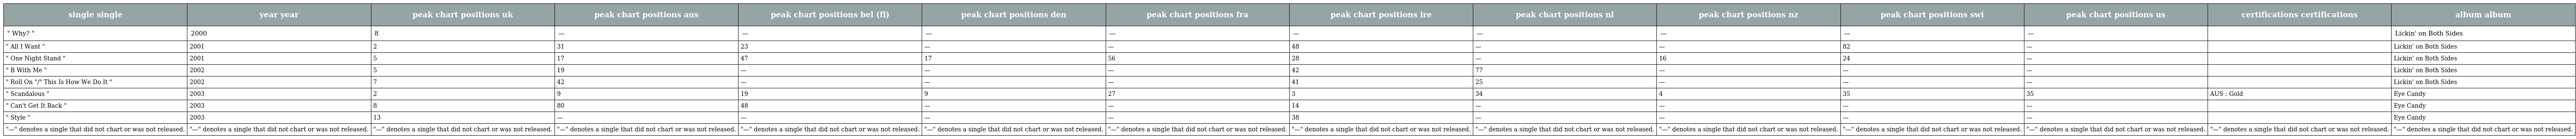
| single single | year year | peak chart positions uk | peak chart positions aus | peak chart positions bel (fl) | peak chart positions den | peak chart positions fra | peak chart positions ire | peak chart positions nl | peak chart positions nz | peak chart positions swi | peak chart positions us | certifications certifications | album album |
 | --- | --- | --- | --- | --- | --- | --- | --- | --- | --- | --- | --- | --- | --- |
 | " Why? " | 2000 | 8 | — | — | — | — | — | — | — | — | — |  | Lickin' on Both Sides |
 | " All I Want " | 2001 | 2 | 31 | 23 | — | — | 48 | — | — | 82 | — |  | Lickin' on Both Sides |
 | " One Night Stand " | 2001 | 5 | 17 | 47 | 17 | 56 | 28 | — | 16 | 24 | — |  | Lickin' on Both Sides |
 | " B With Me " | 2002 | 5 | 19 | — | — | — | 42 | 77 | — | — | — |  | Lickin' on Both Sides |
 | " Roll On "/" This Is How We Do It " | 2002 | 7 | 42 | — | — | — | 41 | 25 | — | — | — |  | Lickin' on Both Sides |
 | " Scandalous " | 2003 | 2 | 9 | 19 | 9 | 27 | 3 | 34 | 4 | 35 | 35 | AUS : Gold | Eye Candy |
 | " Can't Get It Back " | 2003 | 8 | 80 | 48 | — | — | 14 | — | — | — | — |  | Eye Candy |
 | " Style " | 2003 | 13 | — | — | — | — | 38 | — | — | — | — |  | Eye Candy |
 | "—" denotes a single that did not chart or was not released. | "—" denotes a single that did not chart or was not released. | "—" denotes a single that did not chart or was not released. | "—" denotes a single that did not chart or was not released. | "—" denotes a single that did not chart or was not released. | "—" denotes a single that did not chart or was not released. | "—" denotes a single that did not chart or was not released. | "—" denotes a single that did not chart or was not released. | "—" denotes a single that did not chart or was not released. | "—" denotes a single that did not chart or was not released. | "—" denotes a single that did not chart or was not released. | "—" denotes a single that did not chart or was not released. | "—" denotes a single that did not chart or was not released. | "—" denotes a single that did not chart or was not released. |